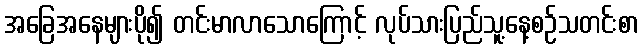
အခြေအနေများပို၍ တင်းမာလာသောကြောင့် လုပ်သားပြည်သူ့နေ့စဉ်သတင်းစာ